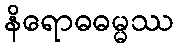
နိရောဓဓမ္မဿ